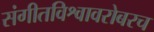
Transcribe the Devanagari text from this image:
संगीतविश्वावरोबरच